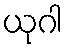
ယုဂါ